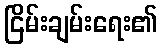
ငြိမ်းချမ်းရေး၏